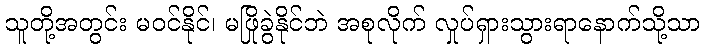
သူတို့အတွင်း မဝင်နိုင်၊ မဖြိုခွဲနိုင်ဘဲ အစုလိုက် လှုပ်ရှားသွားရာနောက်သို့သာ